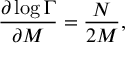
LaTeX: \frac { \partial \log { \Gamma } } { \partial M } = \frac { N } { 2 M } ,